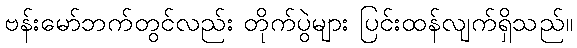
ဗန်းမော်ဘက်တွင်လည်း တိုက်ပွဲများ ပြင်းထန်လျက်ရှိသည်။